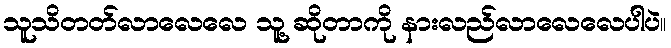
သူသိတတ်လာလေလေ သူ့ ဆိုတာကို နားလည်လာလေလေပါပဲ။